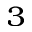
_ 3